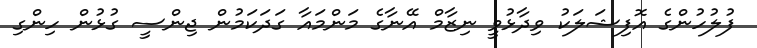
ފުލުހުންގެ އޮފިޝަލަކު ވިދާޅުވީ ނިޒާމް އޭނާގެ މަންމައާ ގަދަކަމުން ޖިންސީ ގުޅުން ހިންގި